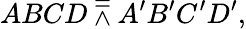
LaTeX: ABCD\doublebarwedge A^{\prime}B^{\prime}C^{\prime}D^{\prime},